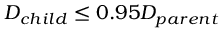
D _ { c h i l d } \leq 0 . 9 5 D _ { p a r e n t }